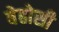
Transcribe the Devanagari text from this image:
बेहोसी